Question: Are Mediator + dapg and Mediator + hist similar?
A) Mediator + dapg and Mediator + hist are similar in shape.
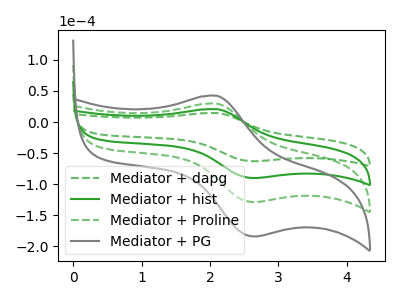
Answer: <think>The green dashed curve "Mediator + dapg" has an anodic peak at (2.10V, 14.50uA) and a cathodic peak at (2.65V, -63.10uA). The green curve "Mediator + hist" has an anodic peak at (2.10V, 20.70uA) and a cathodic peak at (2.65V, -90.20uA). The green dashed curve "Mediator + Proline" has an anodic peak at (2.10V, 41.45uA) and a cathodic peak at (2.65V, -180.40uA). The gray curve "Mediator + PG" has an anodic peak at (2.10V, 62.15uA) and a cathodic peak at (2.65V, -270.65uA).
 All the peaks in "Mediator + dapg" have a peak in "Mediator + hist" at the same potential. Every peak in "Mediator + dapg" is lower than every peak in "Mediator + hist".</think>
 <answer>A) "Mediator + dapg" and "Mediator + hist" are similar in shape.</answer>
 <eval>A</eval>